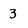
Character: 3